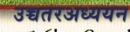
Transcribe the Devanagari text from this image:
उच्चतरअध्ययन